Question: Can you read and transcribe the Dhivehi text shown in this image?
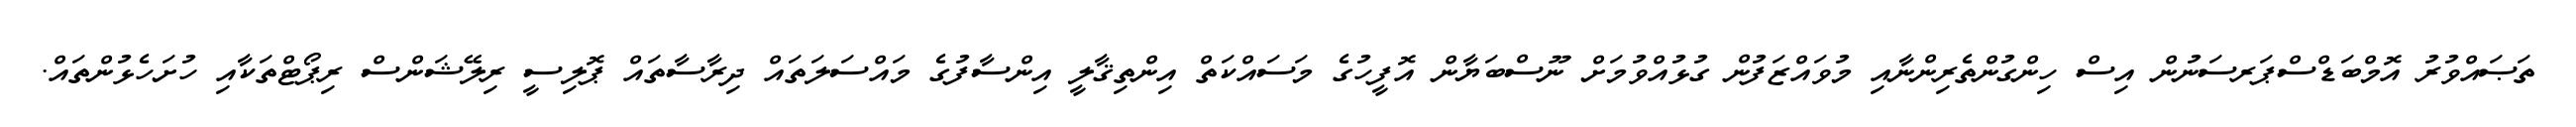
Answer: ތަޞައްވުރު އޮމްބަޑްސްޕަރސަނުން އިސް ހިންގުންތެރިންނާއި މުވައްޒަފުން ގުޅުއްވުމަށް ނޫސްބަޔާން އޮފީހުގެ މަސައްކަތް އިންތިޤާލީ އިންސާފުގެ މައްސަލަތައް ދިރާސާތައް ޕޮލިސީ ރިލޭޝަންސް ރިޕޯޓްތަކާއި ހުށަހެޅުންތައް.